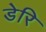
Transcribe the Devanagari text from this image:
डेरि